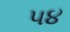
પ૪